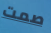
صمت